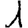
Digit: 1